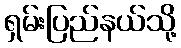
ရှမ်းပြည်နယ်သို့